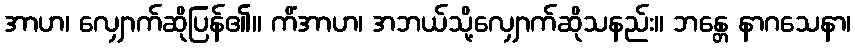
အာဟ၊ လျှောက်ဆိုပြန်၏။ ကိံအာဟ၊ အဘယ်သို့လျှောက်ဆိုသနည်း။ ဘန္တေ နာဂသေနာ၊